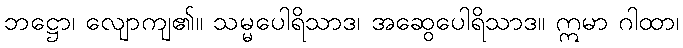
ဘဋ္ဌော၊ လျောကျ၏။ သမ္မပေါရိသာဒ၊ အဆွေပေါရိသာဒ။ ဣမာ ဂါထာ၊